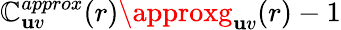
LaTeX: \mathbb{C}_{\mathbf{u}v}^{approx}(r)\approxg_{\mathbf{u}v}(r)-1